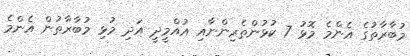
މުބާރާތުގެ އެންމެ މޮޅު 7 ކުޅުންތެރިންނާއި އުއްމީދީ އަދި މުޅި މުބާރާތުން އެންމެ